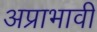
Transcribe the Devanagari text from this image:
अप्राभावी